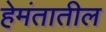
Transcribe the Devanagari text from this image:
हेमंतातील